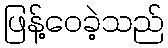
ဖြန့်ဝေခဲ့သည်